Report on the working of the mental hospitals for Indians in Bihar and Orissa - 1925-1929
Year: 1925
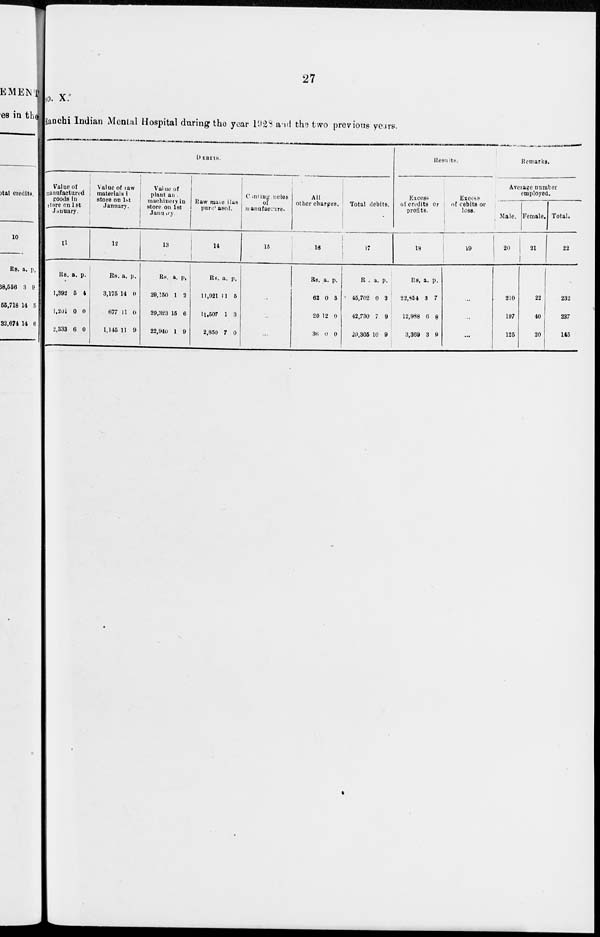
27
No. X.
Ranchi Indian Mental Hospital during the year 1928 and the two previous years.
DEBITS.
Value of
manufactured
goods in
store on 1st
January.
11
Rs.
1,392
1,201
2,333
a.
5
0
6
p.
4
0
0
Value of raw
materials in
store on 1st
January.
12
Rs.
3,175
677
1,145
a.
14
11
11
p.
0
0
9
Value of
plant and
machinery in
store on 1st
January
13
Rs.
29,150
29,323
22,940
a.
1
15
1
p.
3
6
9
Raw materials
purchased.
14
Rs.
11,021
11,507
2,850
a.
11
1
7
p.
5
3
0
Contingencies
of
manufacture.
15
All
other charges.
16
Rs.
62
20
36
a.
0
12
0
p.
3
0
0
Total debits.
17
Rs.
45,702
42,730
29,305
a.
0
7
10
p.
2
9
9
Results.
Excess
of credits or
profits.
18
Rs.
22,854
12,988
3,369
a.
3
6
3
p.
7
8
9
Excess
of debits or
loss.
19
..
..
...
Remarks.
Average number
employed.
Male.
20
210
197
125
Female.
21
22
40
20
Total.
22
232
237
145